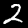
Label: 2